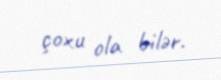
çoxu ola bilər.